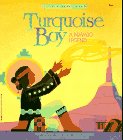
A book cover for Turquoise Boy (Native American Legends & Lore); Cohlene; Children's Books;